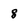
Character: 8